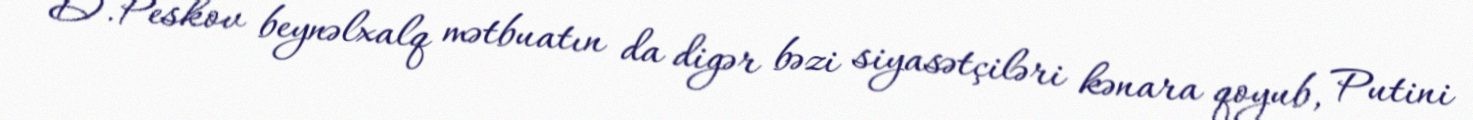
D.Peskov beynəlxalq mətbuatın da digər bəzi siyasətçiləri kənara qoyub, Putini